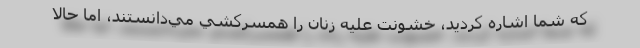
كه شما اشاره كرديد، خشونت عليه زنان را همسركشي مي‌دانستند، اما حالا